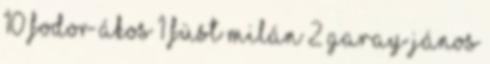
10 Fodor Ákos 1 Füst Milán 2 Garay János